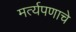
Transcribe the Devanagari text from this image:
मर्त्यपणाचे